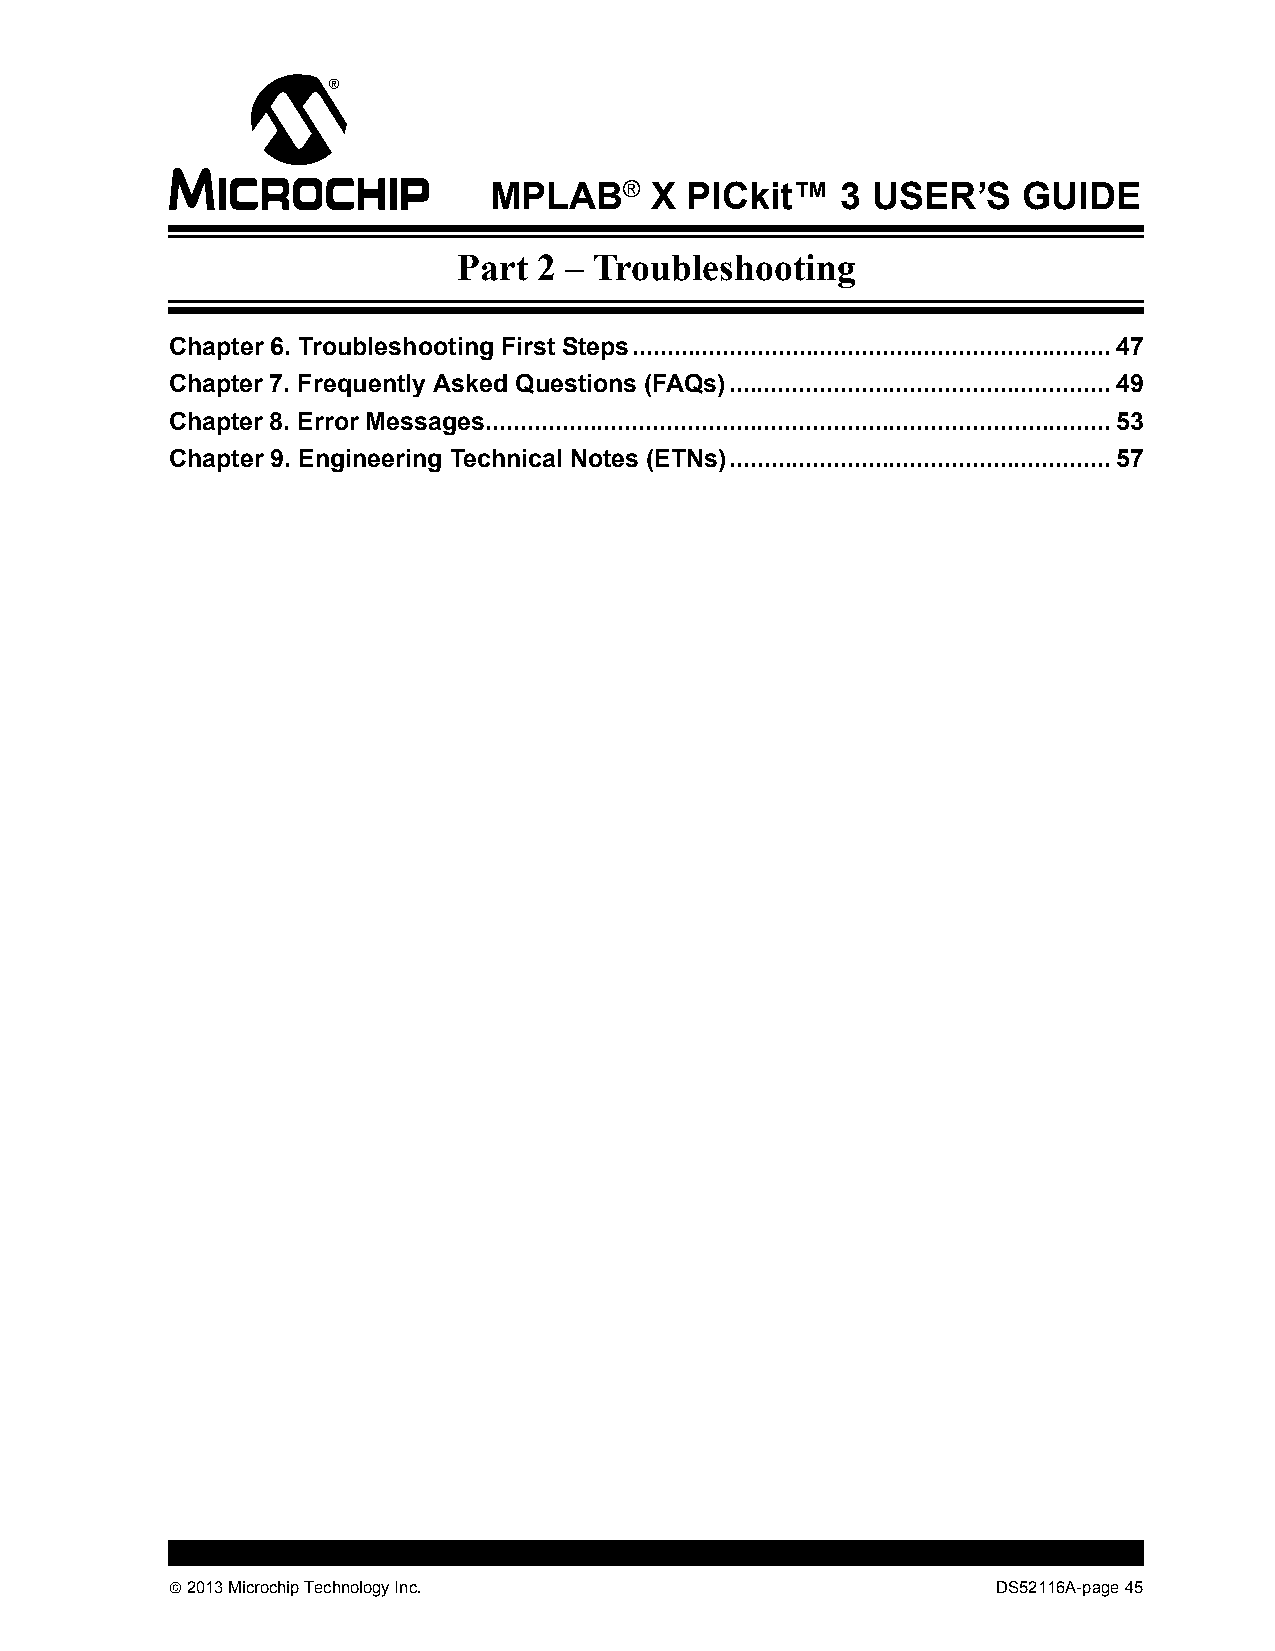
MPLAB®     X PICkit™    3 USER’S    GUIDE
 Part  2 – Troubleshooting
 Chapter 6. Troubleshooting First Steps.....................................................................47
 Chapter 7. Frequently Asked Questions (FAQs).......................................................49
 Chapter 8. Error Messages..........................................................................................53
 Chapter 9. Engineering Technical Notes (ETNs).......................................................57
  2013 Microchip Technology Inc.                       DS52116A-page 45